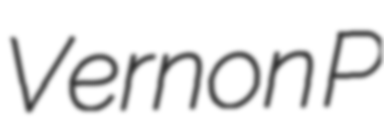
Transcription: Vernon P